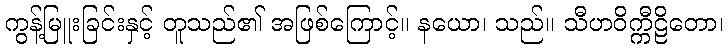
ကွန့်မြူးခြင်းနှင့် တူသည်၏ အဖြစ်ကြောင့်။ နယော၊ သည်။ သီဟဝိက္ကီဠိတော၊